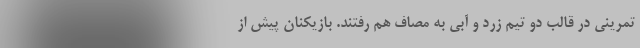
تمرینی در قالب دو تیم زرد و آبی به مصاف هم رفتند. بازیکنان پیش از